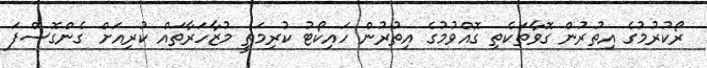
ރޯކުރުމުގެ އިތުރުން ގޮވާތަކެތި ގޮއްވުމުގެ އިތުރުން ހައިކޯޓު ކުރިމަތީ މުޒާހަރާތައް ކުރިއަށް ގެންގޮސްފަ